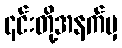
၎င်းတို့အနက်မှ